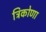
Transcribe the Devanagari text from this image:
त्रिकोणा